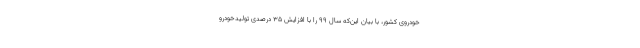
خودروی کشور، با بیان این‌که سال ۹۹ را با افزایش ۳۵ درصدی تولیدخودرو